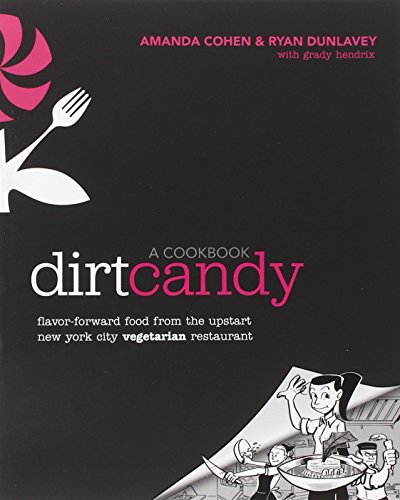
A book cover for Dirt Candy: A Cookbook: Flavor-Forward Food from the Upstart New York City Vegetarian Restaurant; Amanda Cohen; Cookbooks, Food & Wine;